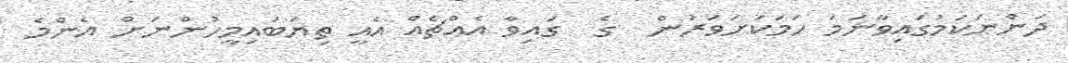
ދަންނަކަމުގައިވާނަމަ ހަމަކަށަވަރުން  ގެ  ގައިވާ އެއްޗެއް އެއީ ތިޔަބައިމީހުންނަށް އެންމެ